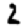
Digit: 2